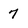
Character: 7